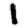
Digit: 1